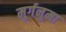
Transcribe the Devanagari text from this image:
मुर्गनुमा